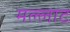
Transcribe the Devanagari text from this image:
मल्लाट